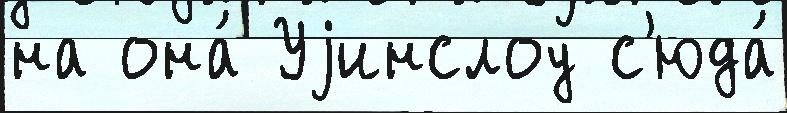
на она́ Уjинслоу с'юда́